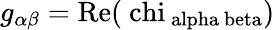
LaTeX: g_{\alpha\beta}=\mathrm{{Re}(\ chi_{\ alpha\ beta})}